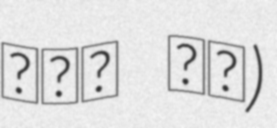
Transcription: قره گل)